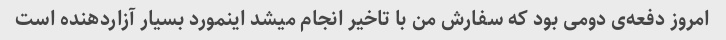
امروز دفعه‌ی دومی بود که سفارش من با تاخیر انجام میشد اینمورد بسیار آزاردهنده است